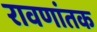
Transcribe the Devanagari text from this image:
रावणांतक